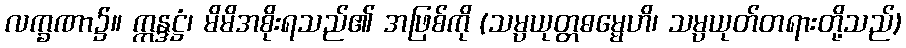
လက္ခဏာ၌။ ဣန္ဒဋ္ဌံ၊ မိမိအစိုးရသည်၏ အဖြစ်ကို (သမ္ပယုတ္တဓမ္မေဟိ၊ သမ္ပယုတ်တရားတို့သည်)